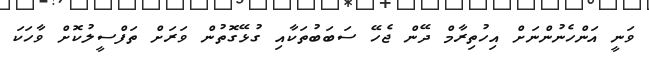
ވަނީ އަންހެނުންނަށް އިހުތިރާމް ދޭން ޖެހޭ ސަބަބުތަކާއި ގުޅޭގޮތުން ވަރަށް ތަފްސީލުކޮށް ވާހަކަ